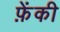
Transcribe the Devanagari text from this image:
फ़ेंकी